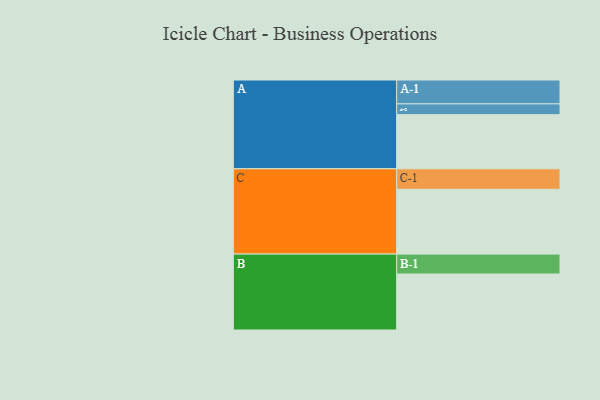
{"axis": {"x": "Segment", "y": "Value"}, "legend": ["", "A", "B", "C"], "data": [{"x": "A", "y": 449, "type": ""}, {"x": "B", "y": 464, "type": ""}, {"x": "C", "y": 537, "type": ""}, {"x": "A-1", "y": 198, "type": "A"}, {"x": "A-2", "y": 89, "type": "A"}, {"x": "B-1", "y": 165, "type": "B"}, {"x": "C-1", "y": 170, "type": "C"}]}